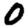
Digit: 0